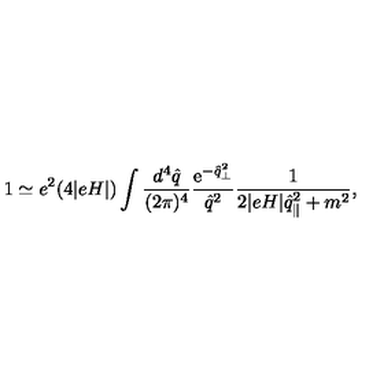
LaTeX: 1 \simeq e ^ { 2 } ( 4 | e H | ) \int \frac { d ^ { 4 } \hat { q } } { ( 2 \pi ) ^ { 4 } } \frac { \mathrm { e } ^ { - \hat { q } _ { \perp } ^ { 2 } } } { \hat { q } ^ { 2 } } \frac { 1 } { 2 | e H | \hat { q } _ { \parallel } ^ { 2 } + m ^ { 2 } } ,